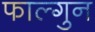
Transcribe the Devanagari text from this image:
फाल्‍गुन